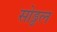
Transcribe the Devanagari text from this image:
सोड्ढल